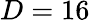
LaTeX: D=16